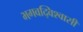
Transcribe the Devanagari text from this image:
भगवद्विश्‍वासी